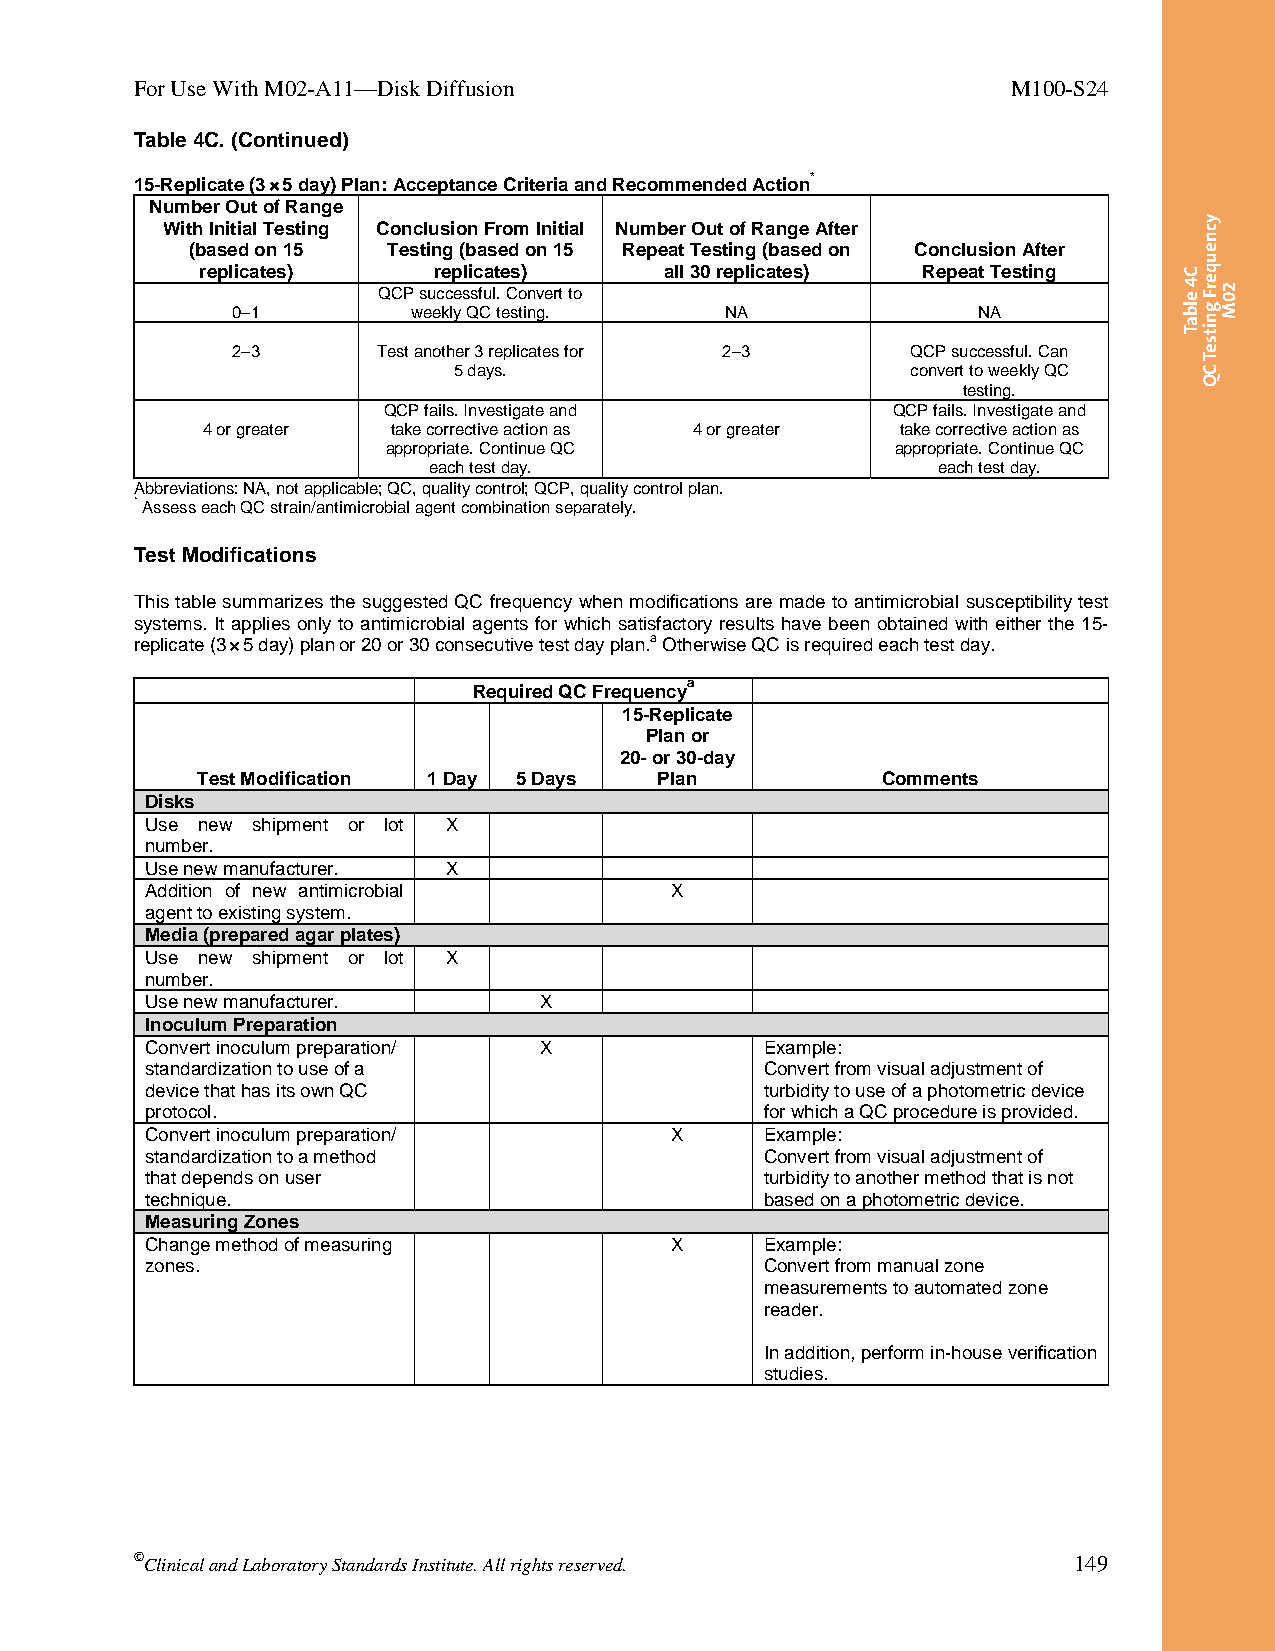
For Use With M02-A11—Disk Diffusion                       M100-S24
 Table 4C. (Continued)
 15-Replicate (3 × 5 day) Plan: Acceptance Criteria and Recommended Action*
 Number Out of Range
 With Initial Testing Conclusion From Initial Number Out of Range After
 (based on 15  Testing (based on 15 Repeat Testing (based on Conclusion After
 replicates)     replicates)    all 30 replicates) Repeat Testing
 QCP successful. Convert to
 0–1         weekly QC testing.   NA               NA
 2–3       Test another 3 replicates for 2–3  QCP successful. Can
 5 days.                       convert to weekly QC
 testing.
 QCP fails. Investigate and        QCP fails. Investigate and
 4 or greater take corrective action as 4 or greater take corrective action as
 appropriate. Continue QC         appropriate. Continue QC
 each test day.                    each test day.
 Abbreviations: NA, not applicable; QC, quality control; QCP, quality control plan.
 * Assess each QC strain/antimicrobial agent combination separately.
 Test Modifications
 This table summarizes the suggested QC frequency when modifications are made to antimicrobial susceptibility test
 systems. It applies only to antimicrobial agents for which satisfactory results have been obtained with either the 15-
 replicate (3×5 day) plan or 20 or 30 consecutive test day plan.a Otherwise QC is required each test day.
 a
 Required QC Frequency
 15-Replicate
 Plan or
 20- or 30-day
 Test Modification 1 Day 5 Days Plan          Comments
 Disks
 Use new shipment or lot X
 number.
 Use new manufacturer. X
 Addition of new antimicrobial     X
 agent to existing system.
 Media (prepared agar plates)
 Use new shipment or lot X
 number.
 Use new manufacturer.     X
 Inoculum Preparation
 Convert inoculum preparation/ X          Example:
 standardization to use of a              Convert from visual adjustment of
 device that has its own QC               turbidity to use of a photometric device
 protocol.                                for which a QC procedure is provided.
 Convert inoculum preparation/     X      Example:
 standardization to a method              Convert from visual adjustment of
 that depends on user                     turbidity to another method that is not
 technique.                               based on a photometric device.
 Measuring Zones
 Change method of measuring        X      Example:
 zones.                                   Convert from manual zone
 measurements to automated zone
 reader.
 In addition, perform in-house verification
 studies.
 ©Clinical and Laboratory Standards Institute. All rights reserved. 149
 Thisdocumentisprotectedbycopyright.
 PublishedOn1/1/2014.
 C4
 elbaT
 ycneuqerF
 gnitseT
 CQ
 20M